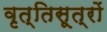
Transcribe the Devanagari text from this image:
वृत्तिसूत्रों